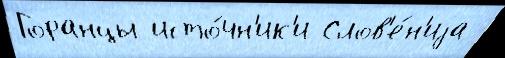
Горанцы исто́чн'ик'и Слов'е́н'иjа